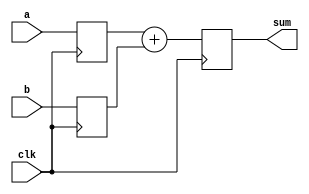
`define ADDER_WIDTH 112
`define DUMMY_WIDTH 128

module adder_top (
	clk,
	a,
	b,
	sum,
	// dummy
);
	input clk;
	input  [`ADDER_WIDTH-1:0] a;
	input  [`ADDER_WIDTH-1:0] b;
	output [`ADDER_WIDTH  :0] sum;
	reg    [`ADDER_WIDTH  :0] sum;
	// output [`DUMMY_WIDTH-1:0] dummy;
	// reg [`DUMMY_WIDTH-1:0] dummy;

	reg [`ADDER_WIDTH-1:0] a_reg;
	reg [`ADDER_WIDTH-1:0] b_reg;

	always @(posedge clk) begin
		a_reg <= a;
		b_reg <= b;
		sum <= a_reg + b_reg;
	end

	// assign dummy = dummy;

	// always @(posedge clk) begin
	// 	dummy[0] <= a[0];
	// 	dummy[`DUMMY_WIDTH-1:1] <= dummy[`DUMMY_WIDTH-2:0];
	// end
endmodule